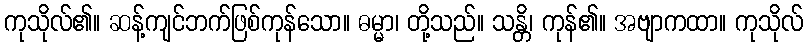
ကုသိုလ်၏။ ဆန့်ကျင်ဘက်ဖြစ်ကုန်သော။ ဓမ္မာ၊ တို့သည်။ သန္တိ၊ ကုန်၏။ အဗျာကထာ။ ကုသိုလ်